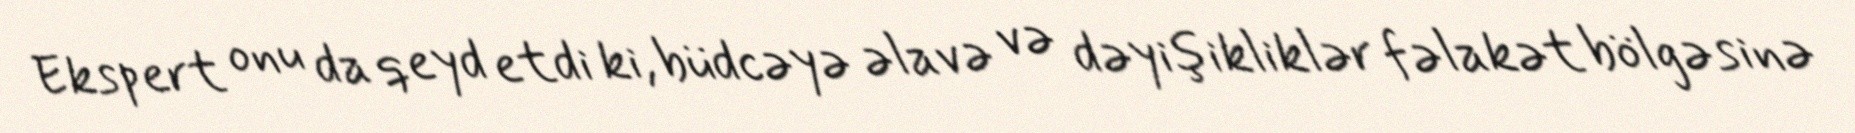
Ekspert onu da qeyd etdi ki, büdcəyə əlavə və dəyişikliklər fəlakət bölgəsinə